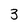
Character: 3